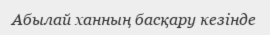
Абылай ханның басқару кезінде